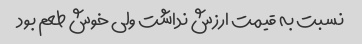
نسبت به قیمت ارزش نداشت ولی خوش طعم بود